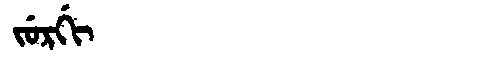
Manchu: ᠵᡠᡵᡤᡳ
Romanization: JURGI